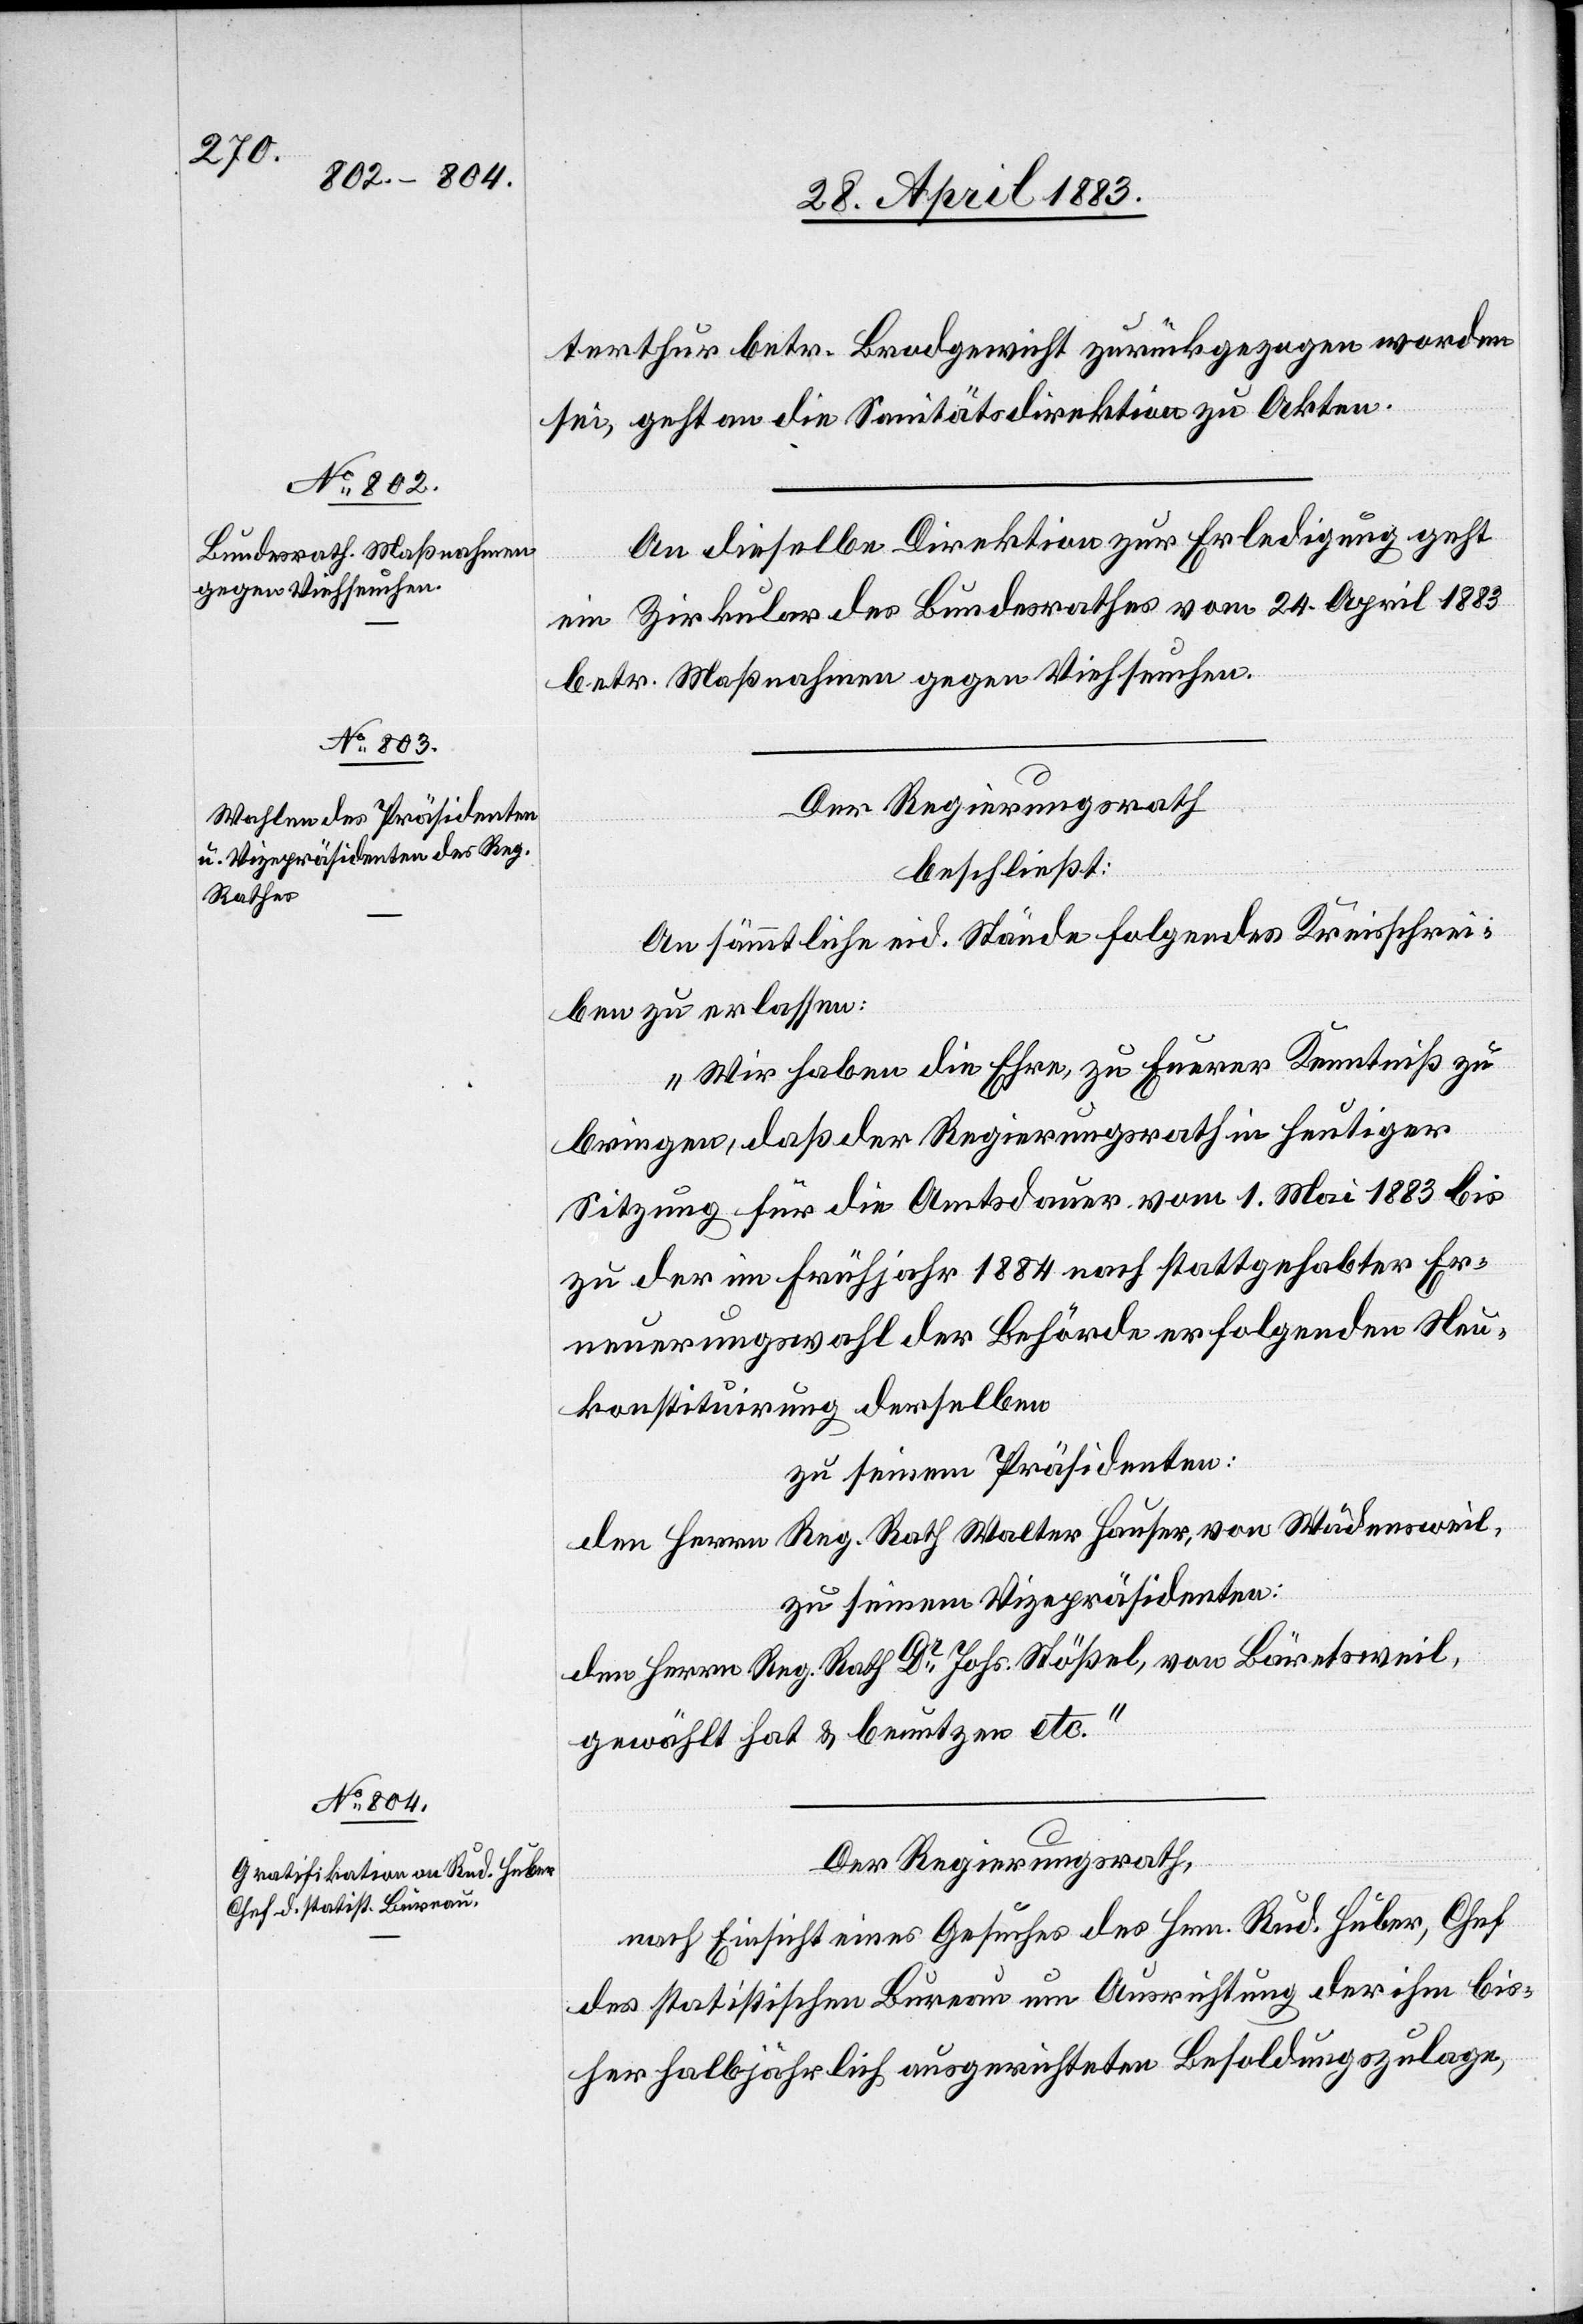
terthur betr. Brodgewicht zurückgezogen worden
sei, geht an die Sanitätsdirektion zu Akten.
An dieselbe Direktion zur Erledigung geht
ein Zirkular des Bundesrathes vom 24. April 1883
betr. Maßnahme gegen Viehseuchen.
Der Regierungsrath
beschließt:
An sämmtliche eid. Stände folgendes Kreisschrei¬
ben zu erlassen:
„Wir haben die Ehre, zu Euerer Kenntniß zu
bringen, daß der Regierungsrath in heutiger
Sitzung für die Amtsdauer vom 1. Mai 1883 bis
zu der im Frühjahr 1884 nach stattgehabter Er¬
neuerungswahl der Behörde erfolgenden Neu¬
konstituirung derselben
zu seinem Präsidenten:
den Herrn Reg. Rath Walter Hauser, von Wädensweil,
zu seinem Vizepräsidenten:
den Herrn Reg. Rath Dr Johs. Stößel, von Bäretsweil,
gewählt hat & benutzen etc.“
Der Regierungsrath,
nach Einsicht eines Gesuches des Hrn. Rud. Huber, Chef
des statistischen Bureau um Ausrichtung der ihm bis¬
her halbjährlich ausgerichteten Besoldungszulage,